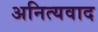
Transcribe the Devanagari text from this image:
अनित्यवाद